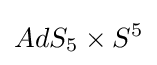
AdS_{5}\times S^{5}